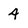
Character: 4